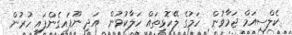
ކެލްސިއަމް ޖަމާވުން  ހަމުގެ ލޭހޮޅިތައް ހަލާކުވުން  އަދި ނޫފައިގެންފައި ހުރުން